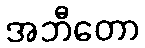
အဘီတော